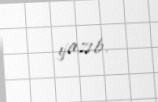
yazıb.